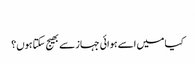
‬
‫کیا میں اسے ہوائی جہاز سے بھیج سکتا ہوں؟